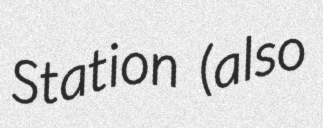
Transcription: Station (also